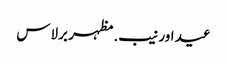
عید اور نیب. مظہر برلاس